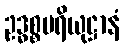
ဥဒ္ဓစ္စပရိယုဋ္ဌာနံ